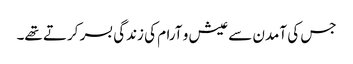
جس کی آمدن سے عیش و آرام کی زندگی بسر کرتے تھے۔